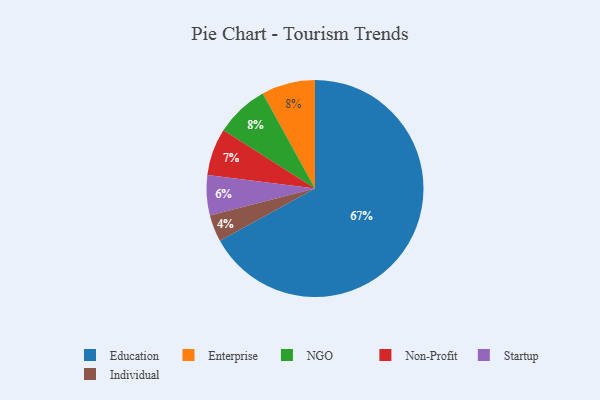
{"axis": {"x": "Category", "y": "Percentage"}, "legend": ["Education", "Enterprise", "Individual", "NGO", "Non-Profit", "Startup"], "data": [{"x": "Non-Profit", "y": 7, "type": "Non-Profit"}, {"x": "Enterprise", "y": 8, "type": "Enterprise"}, {"x": "Individual", "y": 4, "type": "Individual"}, {"x": "Education", "y": 67, "type": "Education"}, {"x": "Startup", "y": 6, "type": "Startup"}, {"x": "NGO", "y": 8, "type": "NGO"}]}